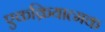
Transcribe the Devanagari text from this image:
एकक्रियात्मक